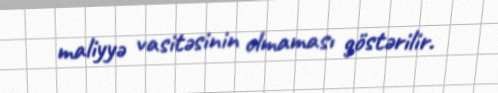
maliyyə vasitəsinin olmaması göstərilir.